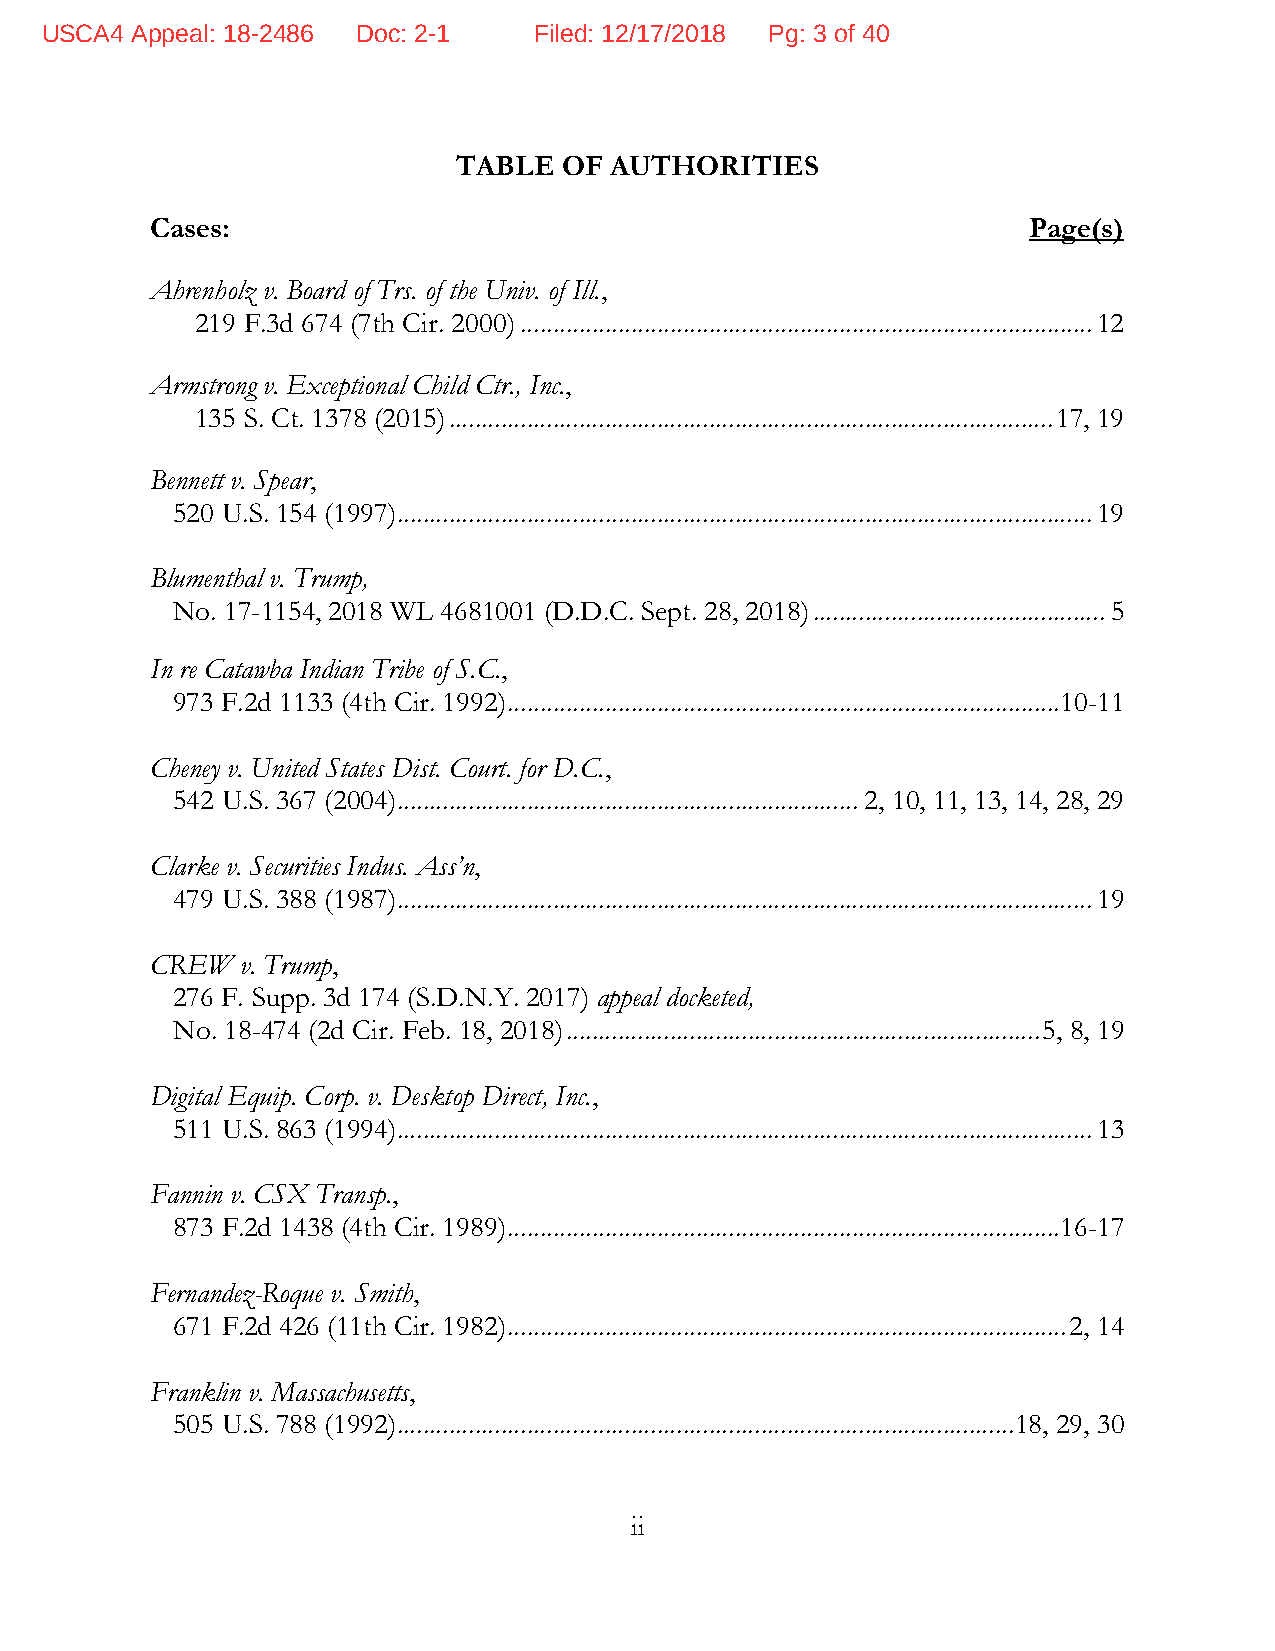
USCA4 Appeal: 18-2486 Doc: 2-1  Filed: 12/17/2018 Pg: 3 of 40
 TABLE  OF AUTHORITIES
 Cases:                                                    Page(s)
 Ahrenholz v. Board of Trs. of the Univ. of Ill.,
 219 F.3d 674 (7th Cir. 2000) ........................................................................................ 12
 Armstrong v. Exceptional Child Ctr., Inc.,
 135 S. Ct. 1378 (2015) ............................................................................................. 17, 19
 Bennett v. Spear,
 520 U.S. 154 (1997) ........................................................................................................... 19
 Blumenthal v. Trump,
 No. 17-1154, 2018 WL 4681001 (D.D.C. Sept. 28, 2018) ............................................. 5
 In re Catawba Indian Tribe of S.C.,
 973 F.2d 1133 (4th Cir. 1992) ..................................................................................... 10-11
 Cheney v. United States Dist. Court. for D.C.,
 542 U.S. 367 (2004) ....................................................................... 2, 10, 11, 13, 14, 28, 29
 Clarke v. Securities Indus. Ass’n,
 479 U.S. 388 (1987) ........................................................................................................... 19
 CREW  v. Trump,
 276 F. Supp. 3d 174 (S.D.N.Y. 2017) appeal docketed,
 No. 18-474 (2d Cir. Feb. 18, 2018) ......................................................................... 5, 8, 19
 Digital Equip. Corp. v. Desktop Direct, Inc.,
 511 U.S. 863 (1994) ........................................................................................................... 13
 Fannin v. CSX Transp.,
 873 F.2d 1438 (4th Cir. 1989) ..................................................................................... 16-17
 Fernandez-Roque v. Smith,
 671 F.2d 426 (11th Cir. 1982) ...................................................................................... 2, 14
 Franklin v. Massachusetts,
 505 U.S. 788 (1992) ............................................................................................... 18, 29, 30
 ii